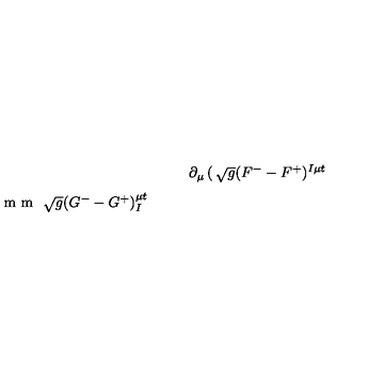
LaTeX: \partial _ { \mu } \left( \begin{matrix} { \sqrt { g } ( F ^ { - } - F ^ { + } ) ^ { I \mu t } } \\ { \noalign { \vskip 2 m m } \sqrt { g } ( G ^ { - } - G ^ { + } ) _ { I } ^ { \mu t } } \\ \end{matrix} \right) = 4 i \pi \sum _ { A } \delta ( \vec { x } - \vec { x } _ { A } ) \left( \begin{matrix} { p _ { A } ^ { I } } \\ { \noalign { \vskip 2 m m } q _ { A I } } \\ \end{matrix} \right) .